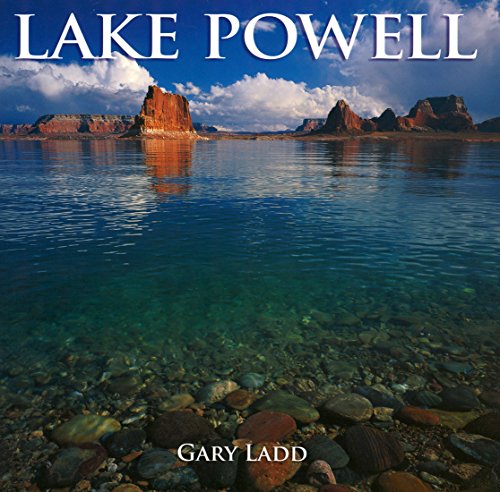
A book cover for Lake Powell: A Photographic Essay Of Glen Canyon National Recreation Area (Companion Press Series); Anne Markward; Science & Math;